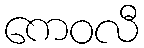
ကေဝလီ